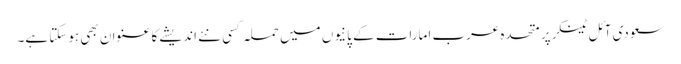
سعودی آئل ٹینکر پر متحدہ عرب امارات کے پانیوں میں حملہ کسی نئے اندیشے کا عنوان بھی ہوسکتا ہے۔